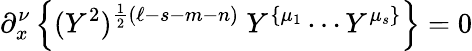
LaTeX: \partial_{x}^{\nu}\left\{ (Y^{2})^{\frac{1}{2}(\ell-s-m-n)}\ Y^{\{ \mu_{1}}\cdots Y^{\mu_{s}\} }\right\} =0